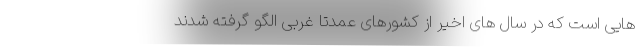
هایی است که در سال های اخیر از کشورهای عمدتا غربی الگو گرفته شدند